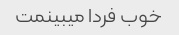
خوب فردا میبینمت